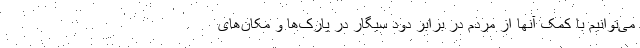
می‌توانیم با کمک آنها از مردم در برابر دود سیگار در پارک‌ها و مکان‌های